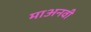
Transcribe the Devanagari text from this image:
माअनवी